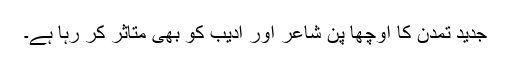
جدید تمدن کا اوچھا پن شاعر اور ادیب کو بھی متاثر کر رہا ہے۔